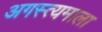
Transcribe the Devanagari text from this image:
अगस्त्यमाला